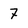
Character: 7